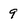
Character: 9